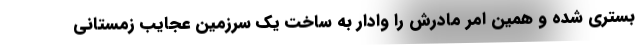
بستری شده و همین امر مادرش را وادار به ساخت یک سرزمین عجایب زمستانی